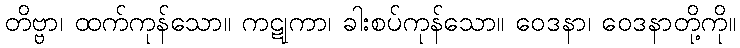
တိဗ္ဗာ၊ ထက်ကုန်သော။ ကဋုကာ၊ ခါးစပ်ကုန်သော။ ဝေဒနာ၊ ဝေဒနာတို့ကို။